Civil Veterinary Department. Central Provinces & Berar 1925-31 - 1925-1931
Year: 1925
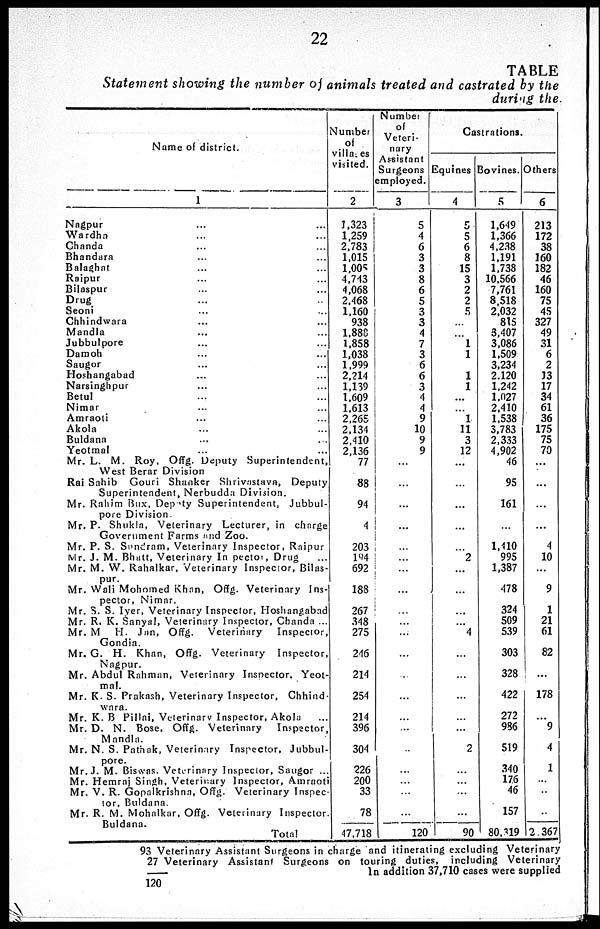
22
TABLE
Statement showing the number of animals treated and castrated by the
during the.
Name of district.
1
Nagpur ... ...
Wardha ... ...
Chanda ... ...
Bhandara ... ...
Balaghat ... ...
Raipur ... ...
Bilaspur ... ...
Drug ... ...
Seoni ... ...
Chhindwara ... ...
Mandla ... ...
Jubbulpore ... ...
Damoh ... ...
Saugor ... ...
Hoshangabad ... ...
Narsinghpur ... ...
Betul ... ...
Nimar ... ...
Amraoti ... ...
Akola ... ...
Buldana ... ...
Yeotmal ... ...
Mr. L. M. Roy. Offg. Deputy Superintendent,
West Berar Division
Rai Sahib Gouri Shanker Shrivastava, Deputy
Superintendent, Nerbudda Division.
Mr. Rahim Bux, Depoty Superintendent, Jubbul-
pore Division.
Mr. P. Shukla, Veterinary Lecturer, in charge
Government Farms and Zoo.
Mr. P. S. Sundram, Veterinary Inspector, Raipur
Mr. J. M. Bhatt, Veterinary In pector, Drug
Mr. M. W. Rahalkar, Veterinary Inspector, Bilas-
pur.
Mr. Wali Mohomed Khan, Offg. Veterinary Ins-
pector, Nimar.
Mr. S. S. Iyer, Veterinary Inspector, Hoshangabad
Mr. R. K. Sanyal, Veterinary Inspector, Chanda ...
Mr. M H. Jan, Offg. Veterinary
Inspector,
Gondia.
Mr. G. H. Khan, Offg. Veterinary Inspector,
Nagpur.
Mr. Abdul Rahman, Veterinary Inspector, Yeot-
mat.
Mr. K. S. Prakash, Veterinary Inspector, Chhind-
wara.
Mr. K. B Pillai, Veterinary Inspector, Akola
Mr. D. N. Bose, Offg. Veterinary
Inspector,
Mandla.
Mr. N. S. Pathak, Veterinary Inspector, Jubbul-
pore.
Mr. J. M. Biswas. Veterinary Inspector, Saugor ...
Mr. Hemraj Singh, Veterinary Inspector, Amraoti
Mr. V. R. Gopalkrishna, Offg. Veterinary Inspec-
tor, Buldana.
Mr. R. M. Mohalkar, Offg. Veterinary Inspector.
Buldana.
Total
Number
of
villages
visited.
2
1,323
1,259
2,783
1,015
1,005
4,743
4,068
2,468
1,160
938
1.888
1,858
1,038
1,999
2,214
1,139
1.609
1.613
2.265
2.134
2.410
2,136
77
88
94
4
203
194
692
188
267
348
275
246
214
254
214
396
304
226
200
33
78
47,718
Number
of
Veteri-
nary
Assistant
Surgeons
employed.
3
5
4
6
3
3
8
6
5
3
3
4
7
3
6
6
3
4
4
9
10
9
9
...
...
...
...
...
...
...
...
...
...
...
...
...
...
...
...
...
...
...
...
...
120
Castrations.
Equines
4
5
5
6
8
15
3
2
2
5
...
...
1
1
1
1
1
11
3
12
...
...
...
...
...
2
...
...
...
...
4
...
...
...
...
...
2
...
...
...
...
90
Bovines.
5
1,649
1,366
4,238
1,191
1,738
10.566
7,761
8,518
2,032
815
3,407
3,086
1,509
3,234
2.120
1.242
1.027
2,410
1,538
3,783
2,333
4,902
46
95
161
...
1,410
995
1,387
478
324
509
539
303
328
422
272
986
519
340
17.6
46
157
80.319
Others
6
213
172
38
160
182
46
160
75
45
327
49
31
6
2
13
17
34
61
36
175
75
70
...
...
...
...
4
10
9
1
21
61
82
...
178
...
9
4
1
...
...
...
2,367
93
27
Veterinary Assistant Surgeons in charge and itinerating excluding Veterinary
Veterinary Assistant Surgeons on touring duties, including Veterinary
In addition 37,710 cases were supplied
120